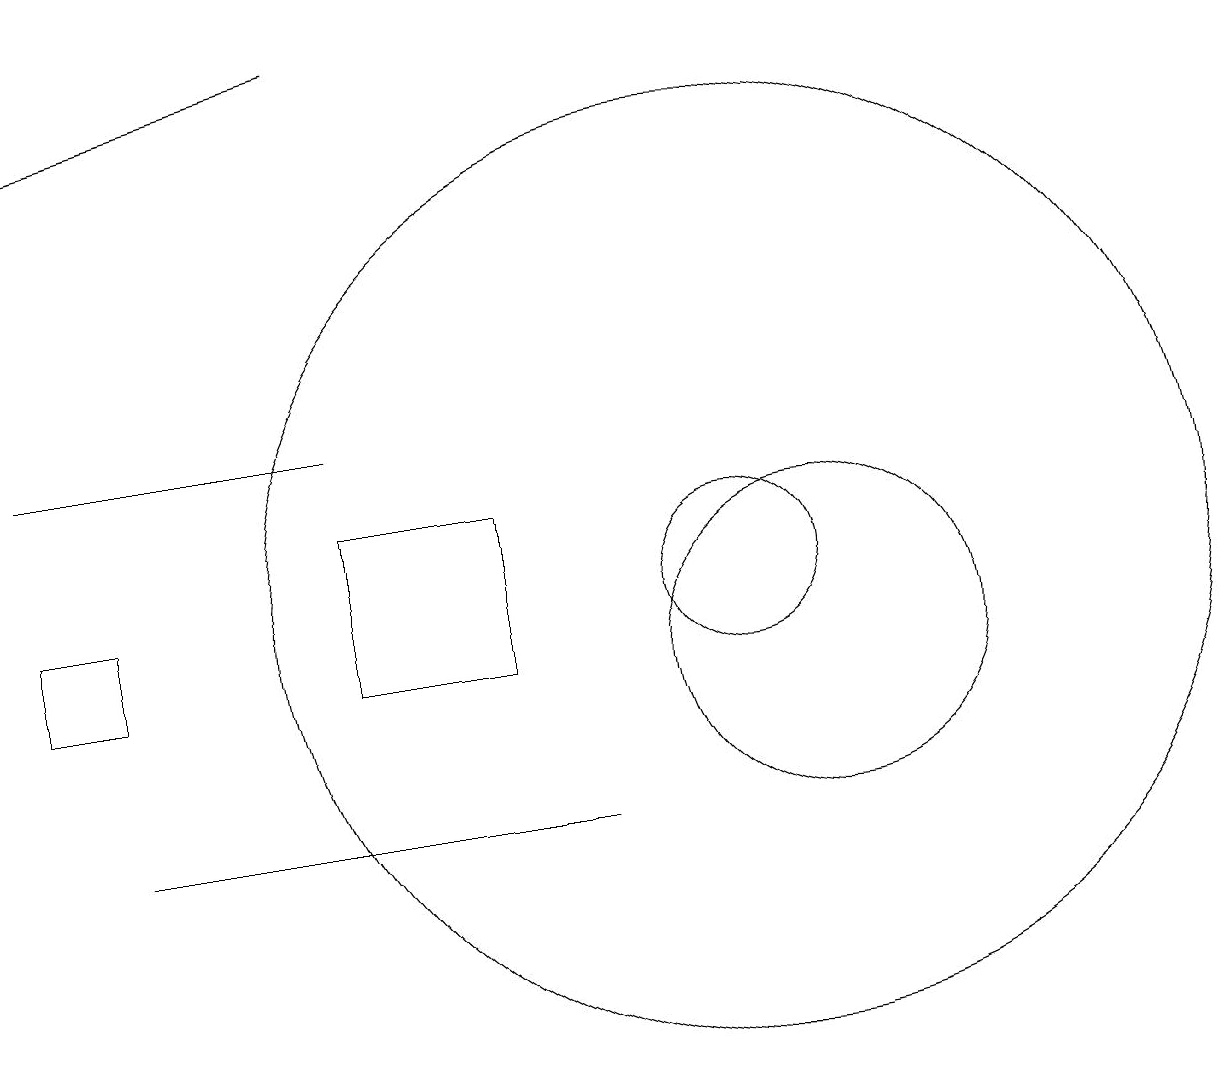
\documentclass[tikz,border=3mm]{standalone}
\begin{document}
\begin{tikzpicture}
\draw[->] (5,18) -- (1,17);
\draw (1,13) rectangle (5,13);
\draw (2,8) -- (6,8) -- (8,8) -- cycle;
\draw (10,11) circle (1);
\draw (2,11) rectangle (1,10);
\draw (10,11) circle (6);
\draw (5,10) rectangle (7,12);
\draw (11,10) circle (2);
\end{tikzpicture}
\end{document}